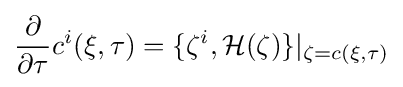
{\frac {\partial }{\partial \tau }}c^{i}(\xi ,\tau )=\{\zeta ^{i},{\mathcal {H}}(\zeta )\}|_{\zeta =c(\xi ,\tau )}